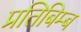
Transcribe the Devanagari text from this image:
प्रतिबिम्‍ब